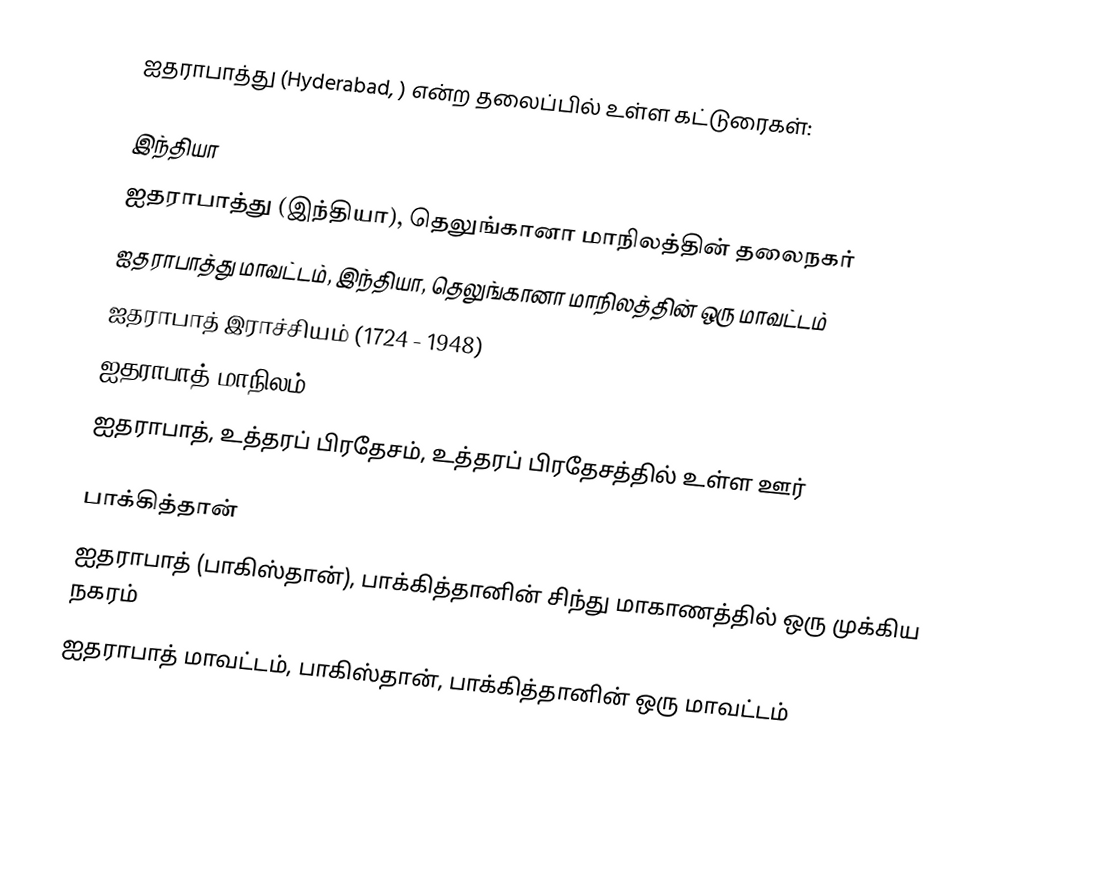
ஐதராபாத்து (Hyderabad, ) என்ற தலைப்பில் உள்ள கட்டுரைகள்:

இந்தியா
 ஐதராபாத்து (இந்தியா), தெலுங்கானா மாநிலத்தின் தலைநகர்
 ஐதராபாத்து மாவட்டம், இந்தியா, தெலுங்கானா மாநிலத்தின் ஒரு மாவட்டம்
 ஐதராபாத் இராச்சியம் (1724 - 1948)
 ஐதராபாத் மாநிலம் (1948–1956)
 ஐதராபாத், உத்தரப் பிரதேசம், உத்தரப் பிரதேசத்தில் உள்ள ஊர்

பாக்கித்தான்
 ஐதராபாத் (பாகிஸ்தான்), பாக்கித்தானின் சிந்து மாகாணத்தில் ஒரு முக்கிய நகரம்
 ஐதராபாத் மாவட்டம், பாகிஸ்தான், பாக்கித்தானின் ஒரு மாவட்டம்